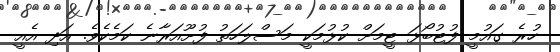
ހުރެ ގައުމީ ފުޓުބޯޅަ ޓީމަށް ކުޅުމަކީ މަސްލަހަތު ފުށޫއަރާނެ ކަމެކެވެ. އަދި އެއީ